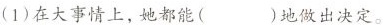
(1)在大事情上，她都能( )地做出决定。